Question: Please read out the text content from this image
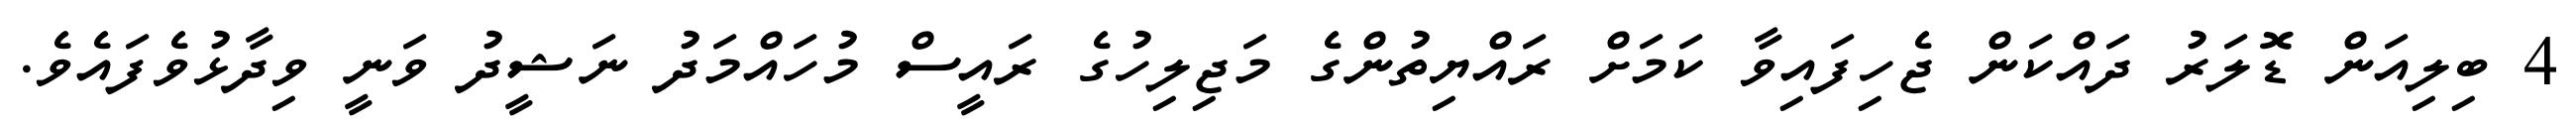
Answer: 4 ބިލިއަން ޑޮލަރު ދައްކަން ޖެހިފައިވާ ކަމަށް ރައްޔިތުންގެ މަޖިލިހުގެ ރައީސް މުހައްމަދު ނަޝީދު ވަނީ ވިދާޅުވެފައެވެ.